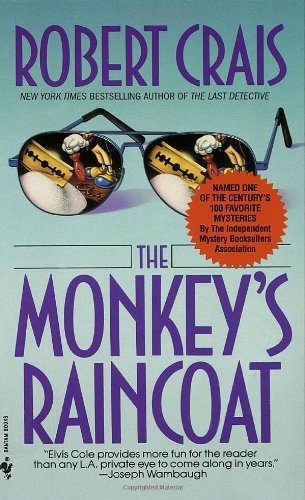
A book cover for The Monkey's Raincoat  (Elvis Cole); Robert Crais; Mystery, Thriller & Suspense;